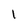
Character: 1